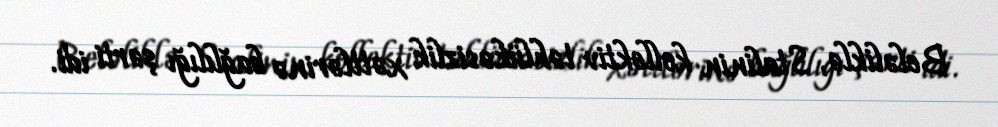
Beləliklə, Stalinin kollektiv təhlükəsizlik xəttlərinə bağlılığı şərti idi.